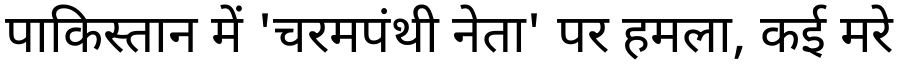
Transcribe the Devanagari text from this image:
पाकिस्तान में 'चरमपंथी नेता' पर हमला, कई मरे